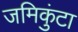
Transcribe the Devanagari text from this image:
जमिकुंटा